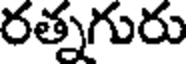
రత్నగురు